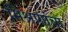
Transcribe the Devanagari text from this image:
मिश्रणांचा